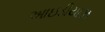
આઇડીયાઝ